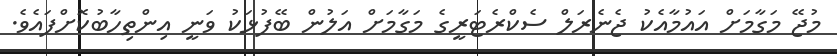
މުޖޭ މަގާމަށް އައުމާއެކު ޖެނެރަލް ސެކްރެޓަރީގެ މަގާމަށް އަލުން ބޭފުޅަކު ވަނީ އިންތިހާބުކޮށްފައެވެ.